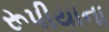
રૂપીયાના